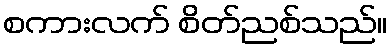
စကားလက် စိတ်ညစ်သည်။